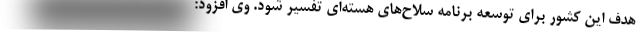
هدف این کشور برای توسعه برنامه سلاح‌های هسته‌ای تفسیر شود. وی افزود: